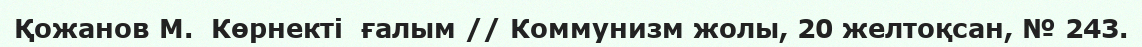
Қожанов М.  Көрнекті  ғалым // Коммунизм жолы, 20 желтоқсан, № 243.